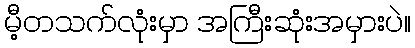
မီ့တသက်လုံးမှာ အကြီးဆုံးအမှားပဲ။